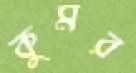
কুমর